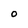
Character: O